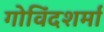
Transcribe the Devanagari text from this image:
गोविंदशर्मा